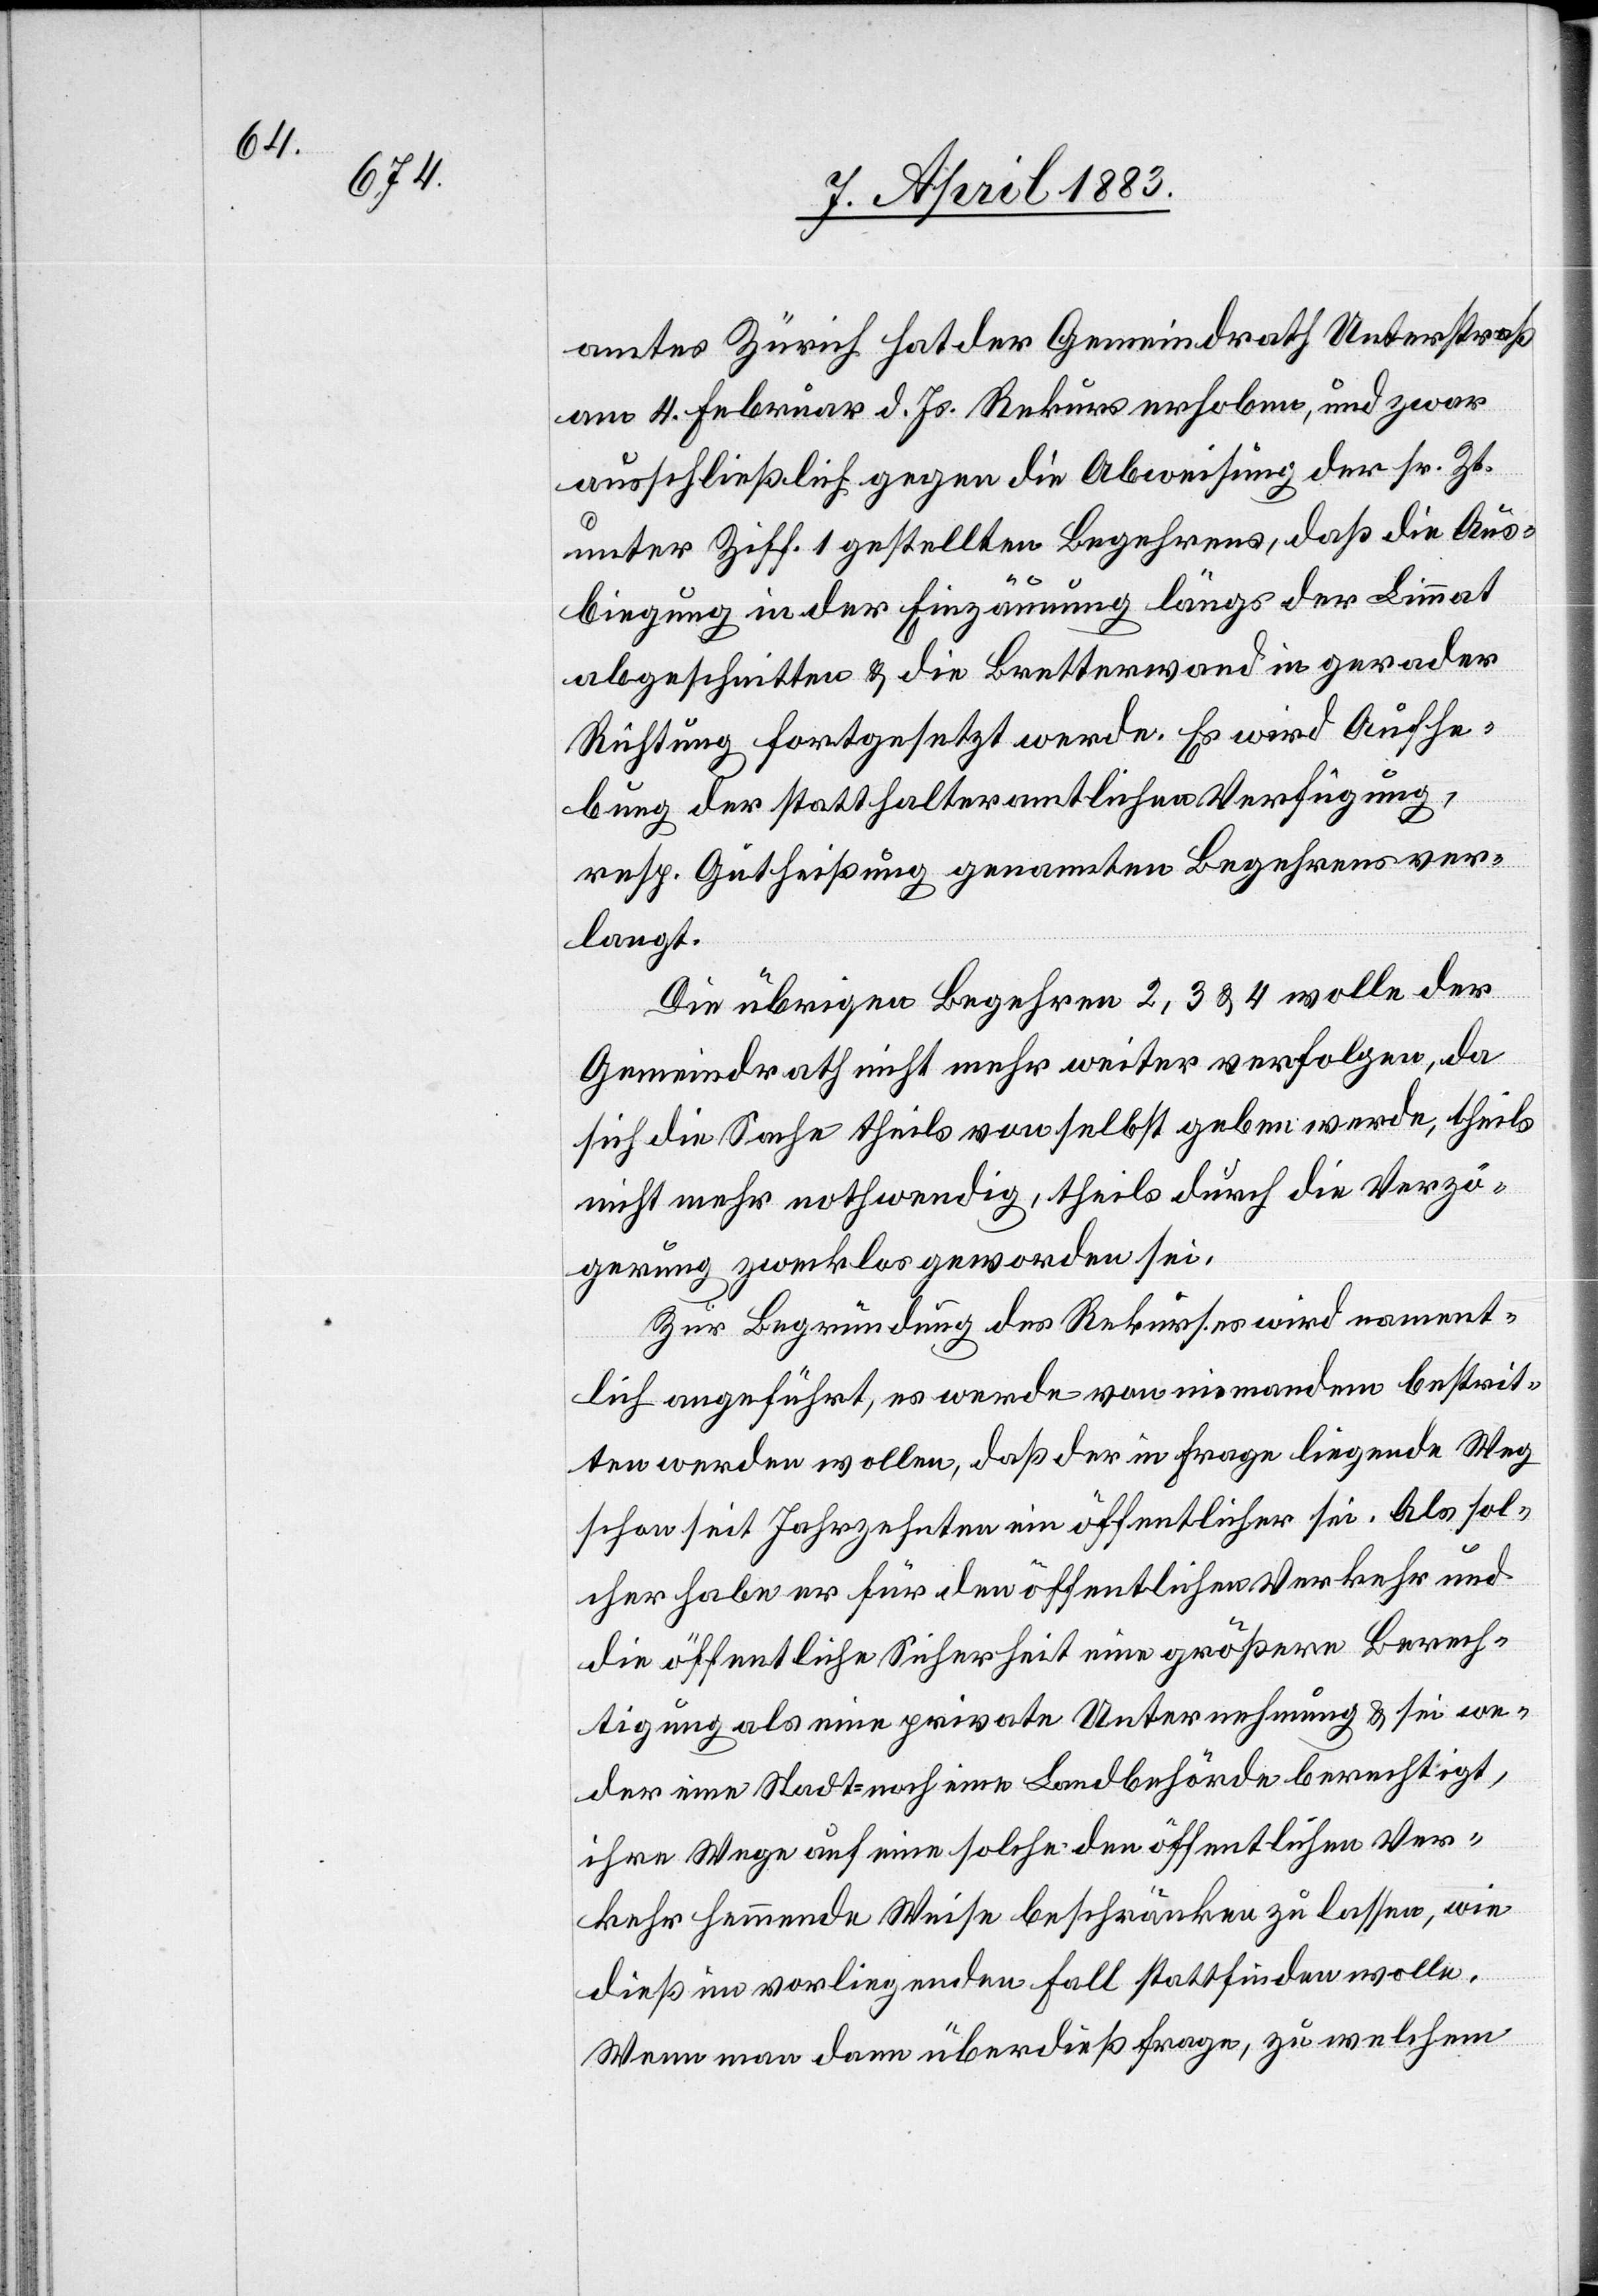
amtes Zürich hat der Gemeindrath Unterstraß
am 4. Februar d. Js. Rekurs erhoben, und zwar
ausschließlich gegen die Abweisung der sr. Zt.
unter Ziff. 1 gestellten Begehrens, daß die Aus¬
biegung in der Einzäunung längs der Limmat
abgeschnitten & die Bretterwand in gerader
Richtung fortgesetzt werde. Es wird Aufhe¬
bung der statthalteramtlichen Verfügung,
resp. Gutheißung genannten Begehrens ver¬
langt.
Die übrigen Begehren 2, 3 & 4 wolle der
Gemeindrath nicht mehr weiter verfolgen, da
sich die Sache theils von selbst geben werde, theils
nicht mehr nothwendig, theils durch die Verzö¬
gerung zwecklos geworden sei.
Zur Begründung des Rekurses wird nament¬
lich angeführt, es werde von niemandem bestrit¬
ten werden wollen, daß der in Frage liegende Weg
schon seit Jahrzehnten ein öffentlicher sei. Als sol¬
cher habe er für den öffentlichen Verkehr und
die öffentliche Sicherheit eine größere Berech¬
tigung als eine private Unternehmung & sei we¬
der eine Stadt, noch eine Landbehörde berechtigt,
ihre Wege auf eine solche den öffentlichen Ver¬
kehr hemmende Weise beschränken zu lassen, wie
dieß im vorliegenden Fall stattfinden wolle.
Wenn man dann überdieß sage, zu welchem